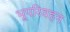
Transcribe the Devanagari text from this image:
भूपरिवहन